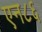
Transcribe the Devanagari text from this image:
एन८६